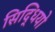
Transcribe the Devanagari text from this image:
सिद्धियो